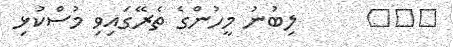
١٣٥      ލިބުނު މީހުންގެ ތެރޭގައިވި މުސްކުޅި